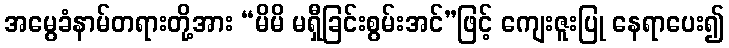
အမွေခံနာမ်တရားတို့အား “မိမိ မရှီခြင်းစွမ်းအင်”ဖြင့် ကျေးဇူးပြု နေရာပေး၍